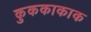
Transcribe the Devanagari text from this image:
कुककाकाक